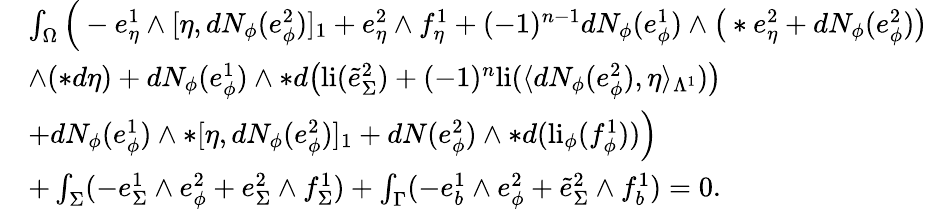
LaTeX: \begin{array}{rl}&{\int_{\Omega}\Big(-e_{\eta}^{1}\wedge[\eta,dN_{\phi}(e_{\phi}^{2})]_{1}+e_{\eta}^{2}\wedge f_{\eta}^{1}+(-1)^{n-1}dN_{\phi}(e_{\phi}^{1})\wedge\big(\ast e_{\eta}^{2}+dN_{\phi}(e_{\phi}^{2})\big)}\\ &{\wedge(\ast d\eta)+dN_{\phi}(e_{\phi}^{1})\wedge\ast d\big(\mathrm{li}(\tilde{e}_{\Sigma}^{2})+(-1)^{n}\mathrm{li}(\langle dN_{\phi}(e_{\phi}^{2}),\eta\rangle_{\Lambda^{1}})\big)}\\ &{+dN_{\phi}(e_{\phi}^{1})\wedge\ast[\eta,dN_{\phi}(e_{\phi}^{2})]_{1}+dN(e_{\phi}^{2})\wedge\ast d(\mathrm{li}_{\phi}(f_{\phi}^{1}))\Big)}\\ &{+\int_{\Sigma}(-e_{\Sigma}^{1}\wedge e_{\phi}^{2}+e_{\Sigma}^{2}\wedge f_{\Sigma}^{1})+\int_{\Gamma}(-e_{b}^{1}\wedge e_{\phi}^{2}+\tilde{e}_{\Sigma}^{2}\wedge f_{b}^{1})=0.}\end{array}